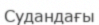
Судандағы